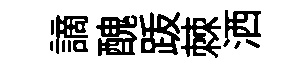
謫醜䟦棘洒